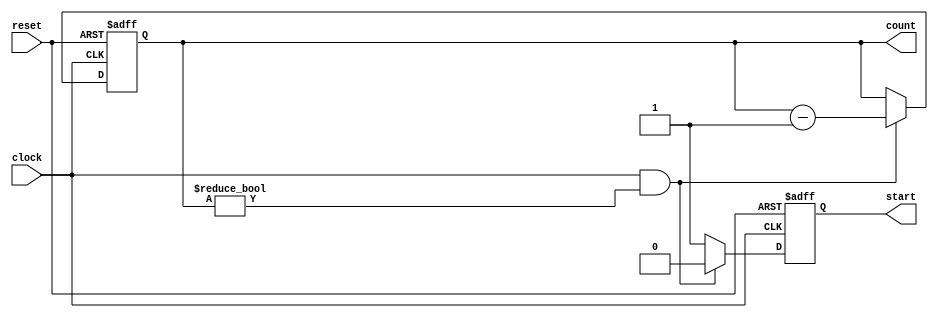
`timescale 1ns / 1ps
//////////////////////////////////////////////////////////////////////////////////
// Company: 
// Engineer: 
// 
// Design Name: 
// Module Name: CountDownHandler
// Project Name: 
// Target Devices: 
// Tool Versions: 
// Description: 
// 
// Dependencies: 
// 
// Revision:
// Revision 0.01 - File Created
// Additional Comments:
// 
//////////////////////////////////////////////////////////////////////////////////


module CountDownHandler(
    input clock,
    input reset,
    output reg [15:0] count,
    output reg start
    );
    
    always @(negedge reset or posedge clock) begin
        if (reset == 0) begin // active low reset
            count <= 16'd5;
            start <= 0;
        end else if (clock && count != 0) begin
            count <= count - 16'b1;
            start <= 0;
        end else begin
            count <= count;
            start <= 1;
        end
    end 
         
endmodule